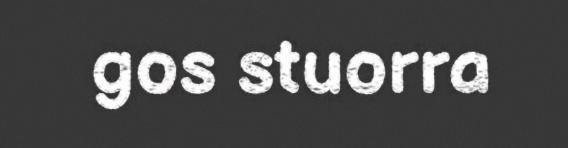
gos stuorra